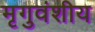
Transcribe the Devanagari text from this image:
मृगुवंशीय